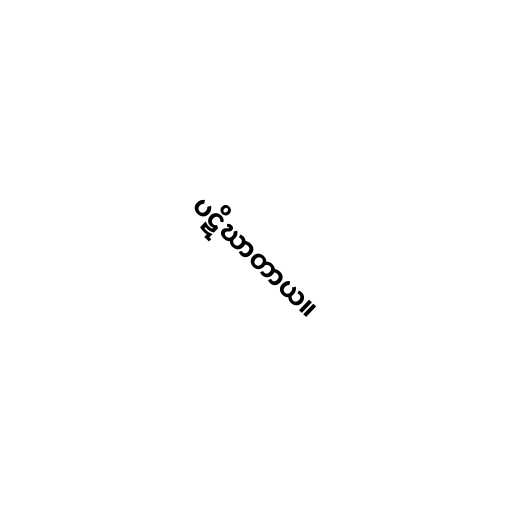
ပဋိဃာတာယ။